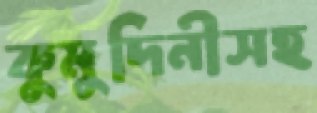
কুমুদিনীসহ